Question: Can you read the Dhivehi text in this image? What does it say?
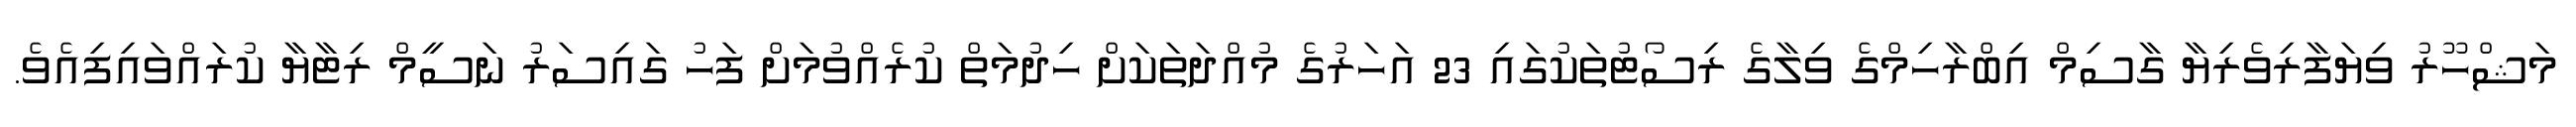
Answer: މަޝްހޫރު ވިޔަފާރިވެރިޔާ ގާސިމް އިބްރާހިމްގެ ވިލާގެ ރިސޯޓުތަކުގައި 23 އަހަރުގެ މުއްދަތަކަށް ހިދުމަތް ކުރެއްވުމަށް ފަހު ގައިސަރު ނަސީމް ރިޓާޔާ ކުރައްވައިފިއެވެ.